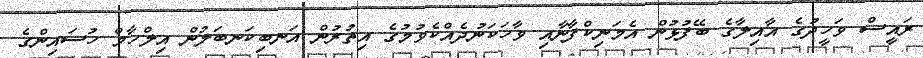
ރައީސް ވަހީދުގެ އާއިލާގެ ބޭފުޅުން އެމަނިކްފާނާއި ވާހަކަނުދެއްކެވުމުގެ އިތުރުން އަނބިކަނބަލުން އިލްހާމް ހުސައިންގެ